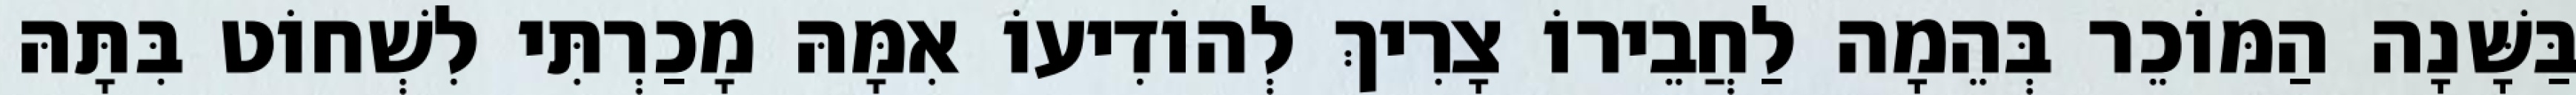
בַּשָּׁנָה הַמּוֹכֵר בְּהֵמָה לַחֲבֵירוֹ צָרִיךְ לְהוֹדִיעוֹ אִמָּהּ מָכַרְתִּי לִשְׁחוֹט בִּתָּהּ